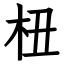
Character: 杻